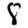
Digit: 8